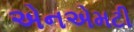
એનએમટી